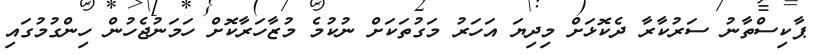
ޕާކިސްތާނު ސަރުކާރާ ދެކޮޅަށް މިދިޔަ އަހަރު މަގުތަކަށް ނުކުމެ މުޒާހަރާކޮށް ހަމަނުޖެހުން ހިންގުމުގައި